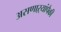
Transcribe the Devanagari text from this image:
असणाऱ्यांपैकी